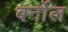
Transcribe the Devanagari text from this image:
बर्नोल